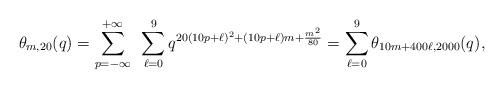
LaTeX: \begin{align*}\theta_{m,20}(q)= \sum_{p=-\infty}^{+\infty} ~\sum_{\ell=0}^9q^{20(10p+\ell)^2 + (10p+\ell)m + \frac{m^2}{80} }= \sum_{\ell=0}^9 \theta_{10m + 400 \ell,2000}(q),\end{align*}